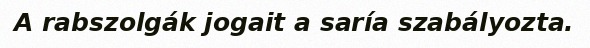
A rabszolgák jogait a saría szabályozta.